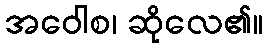
အဝေါစ၊ ဆိုလေ၏။